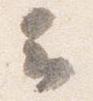
云